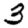
Digit: 3